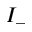
I _ { - }